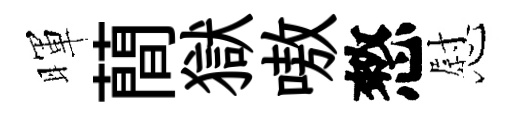
暉蕳獄嗷憗慰